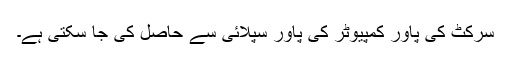
سرکٹ کی پاور کمپیوٹر کی پاور سپلائی سے حاصل کی جا سکتی ہے۔